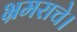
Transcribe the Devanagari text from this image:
भ्रमराचे।